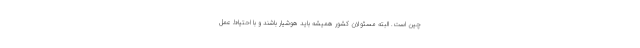
چین است. البته مسئولان کشور همیشه باید هوشیار باشند و با احتیاط عمل